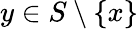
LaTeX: y\in S\setminus\{ x\}